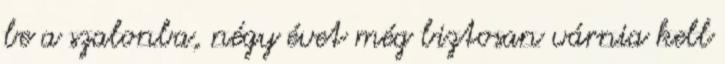
be a szalonba, négy évet még biztosan várnia kell